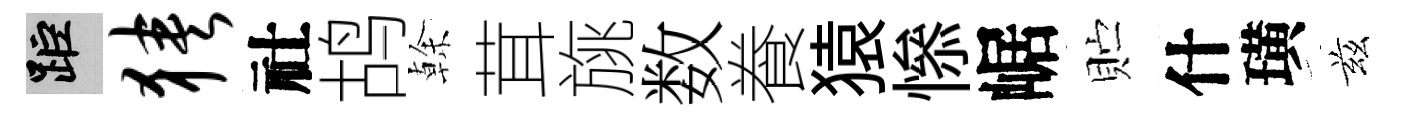
距狭社鸪𠏉茸旐数飬猿𢡖崌贮什璜兹